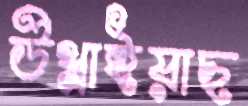
উথ্‌লাইয়াছ